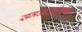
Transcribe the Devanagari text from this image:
समअष्टकोणीय